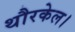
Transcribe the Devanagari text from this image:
थौरकेल।